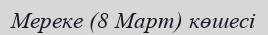
Мереке (8 Март) көшесі